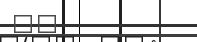
٢٨